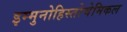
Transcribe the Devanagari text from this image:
इम्मुनोहिस्तोचेमिकल